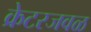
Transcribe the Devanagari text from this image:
क्रेटरजवळ